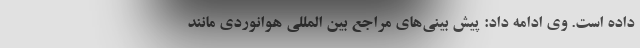
داده است. وی ادامه داد: پیش بینی‌های مراجع بین المللی هوانوردی مانند